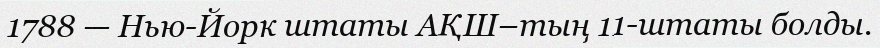
1788 — Нью-Йорк штаты АҚШ–тың 11-штаты болды.